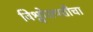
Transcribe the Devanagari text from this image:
विश्वोत्त्पत्तीचा